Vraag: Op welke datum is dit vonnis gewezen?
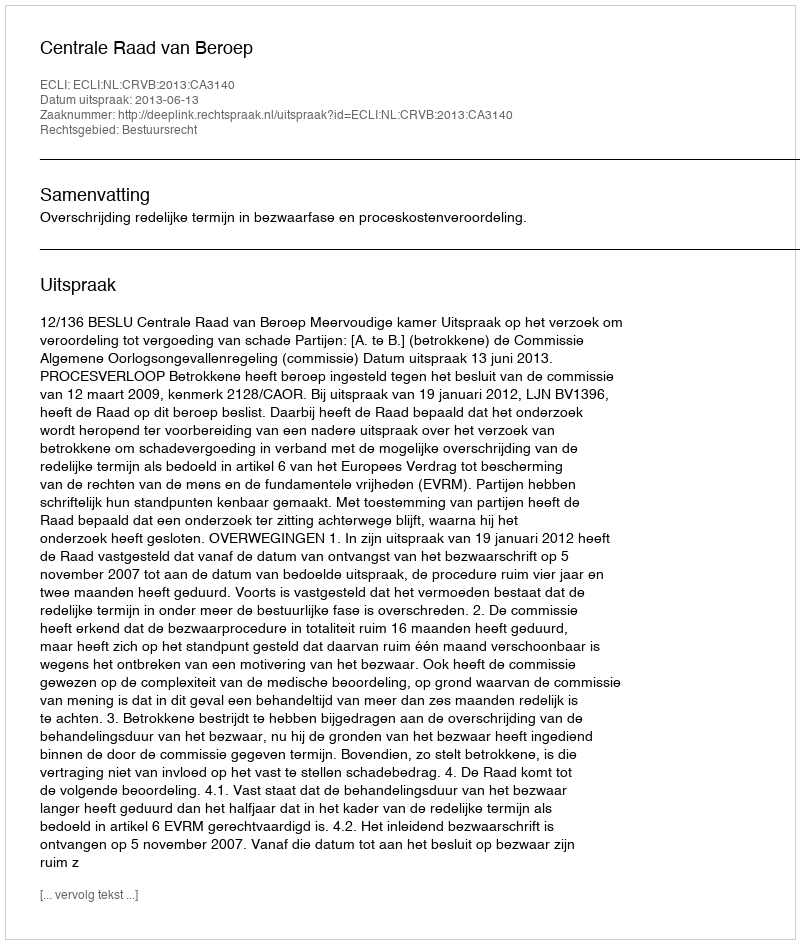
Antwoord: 2013-06-13